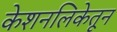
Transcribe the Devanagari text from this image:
केशनलिकेतून